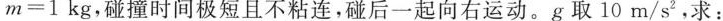
$$m=1kg$$，碰撞时间极短且不粘连，碰后一起向右运动。g取10m/s^{2}，求：